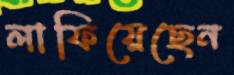
লাফিয়েছেন